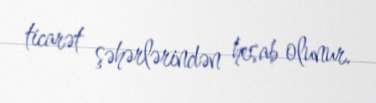
ticarət şəhərlərindən hesab olunur.